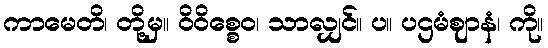
ကာမေတိ၊ တို့မှ။ ဝိဝိစ္စေဝ၊ သာလျှင်။ ပ။ ပဌမံဈာနံ၊ ကို။